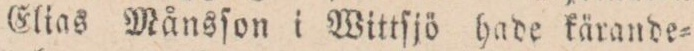
Elias Månsſon i Wittſjö hade kärande=